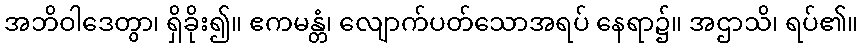
အဘိဝါဒေတွာ၊ ရှိခိုး၍။ ဧကမန္တံ၊ လျောက်ပတ်သောအရပ် နေရာ၌။ အဌာသိ၊ ရပ်၏။